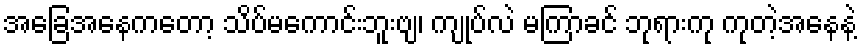
အခြေအနေကတော့ သိပ်မကောင်းဘူးဗျ၊ ကျုပ်လဲ မကြာခင် ဘုရားကု ကုတဲ့အနေနဲ့